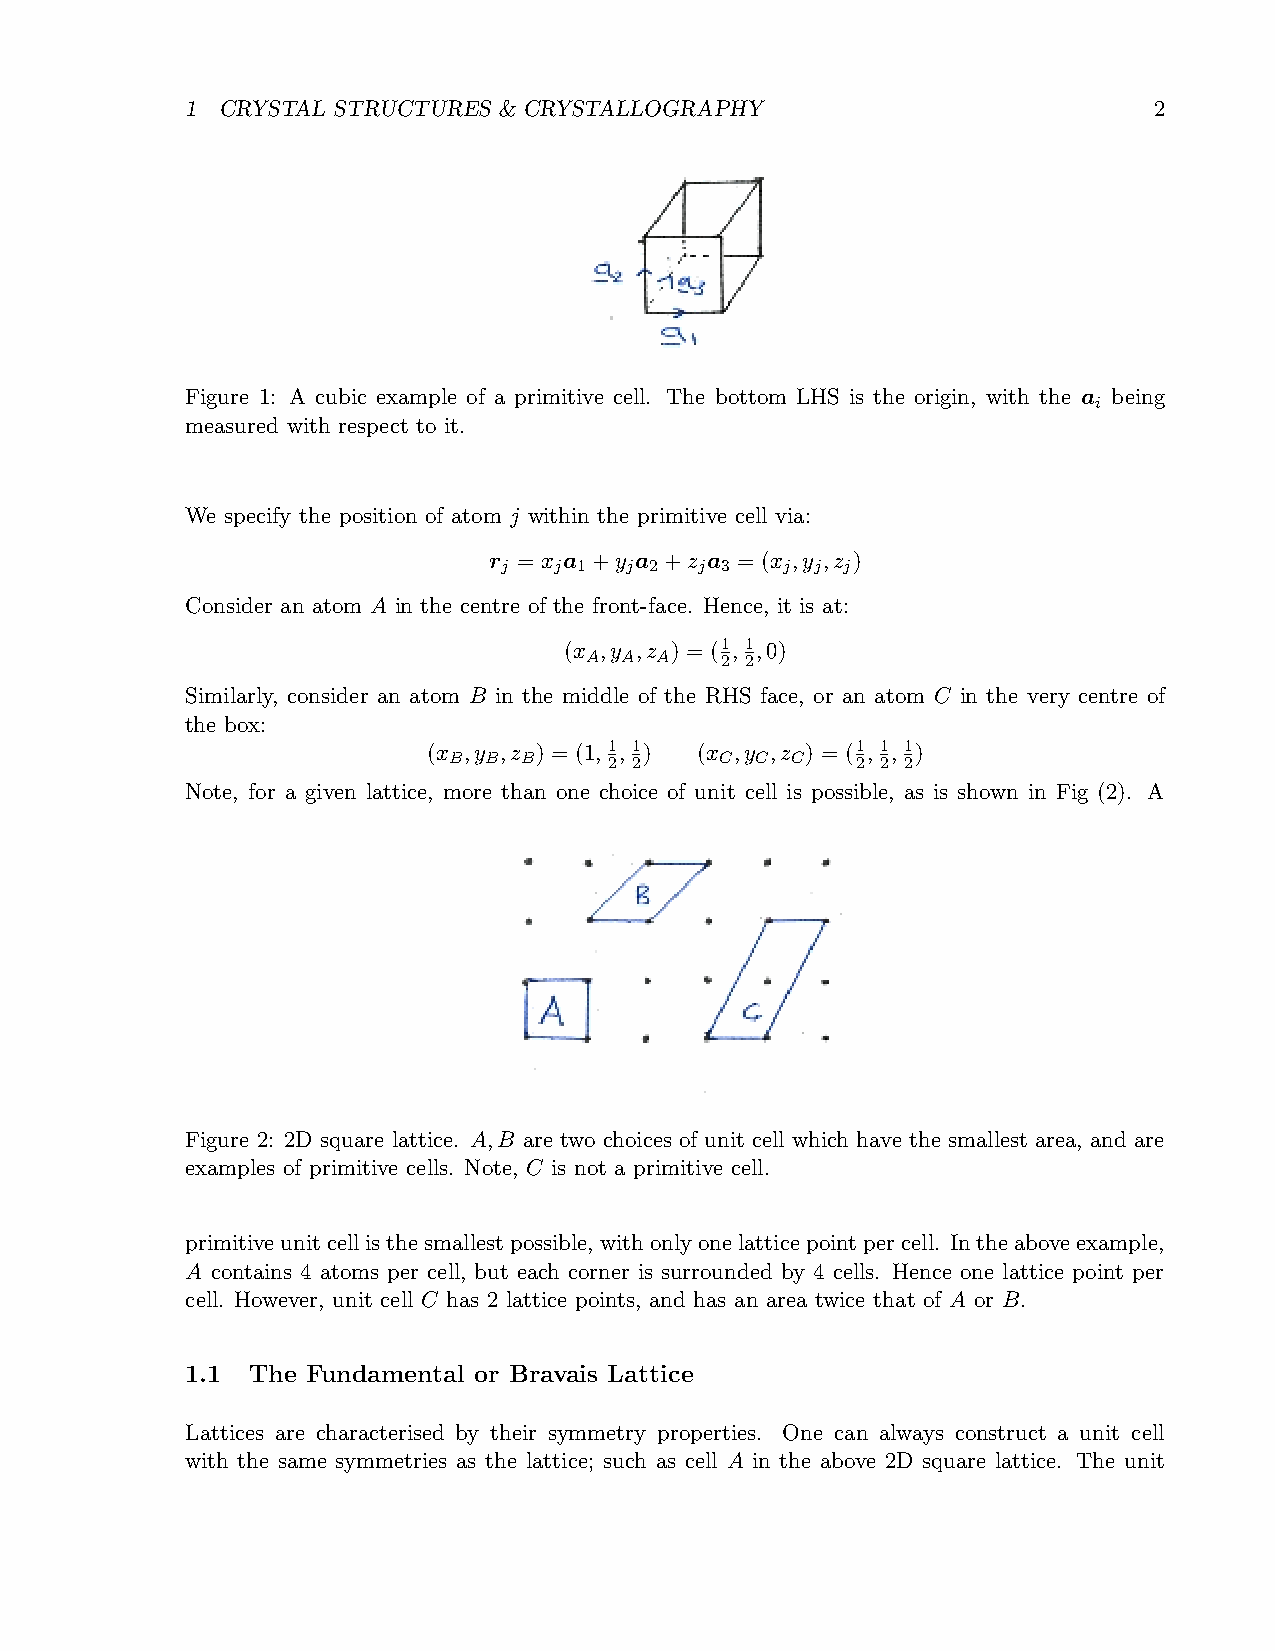
1  CRYSTAL STRUCTURES & CRYSTALLOGRAPHY                         2
 Figure 1: A cubic example of a primitive cell. The bottom LHS is the origin, with the a being
 i
 measured with respect to it.
 We specify the position of atom j within the primitive cell via:
 r = x a +y a +z a = (x ,y ,z )
 j   j 1 j 2  j 3   j j j
 Consider an atom A in the centre of the front-face. Hence, it is at:
 (x ,y ,z ) = (1, 1,0)
 A A A    2 2
 Similarly, consider an atom B in the middle of the RHS face, or an atom C in the very centre of
 the box:
 (x ,y ,z ) = (1, 1, 1) (x ,y ,z ) = (1, 1, 1)
 B B B     2 2     C C C    2 2 2
 Note, for a given lattice, more than one choice of unit cell is possible, as is shown in Fig (2). A
 Figure 2: 2D square lattice. A,B are two choices of unit cell which have the smallest area, and are
 examples of primitive cells. Note, C is not a primitive cell.
 primitiveunitcellisthesmallestpossible,withonlyonelatticepointpercell. Intheaboveexample,
 A contains 4 atoms per cell, but each corner is surrounded by 4 cells. Hence one lattice point per
 cell. However, unit cell C has 2 lattice points, and has an area twice that of A or B.
 1.1  The Fundamental or Bravais Lattice
 Lattices are characterised by their symmetry properties. One can always construct a unit cell
 with the same symmetries as the lattice; such as cell A in the above 2D square lattice. The unit